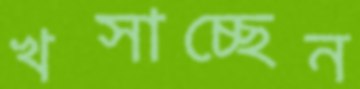
খসাচ্ছেন